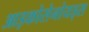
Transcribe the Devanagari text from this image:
आइकोसेनोयड्स